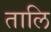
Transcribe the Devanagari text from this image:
तालि